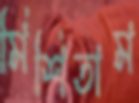
মিশিতাম